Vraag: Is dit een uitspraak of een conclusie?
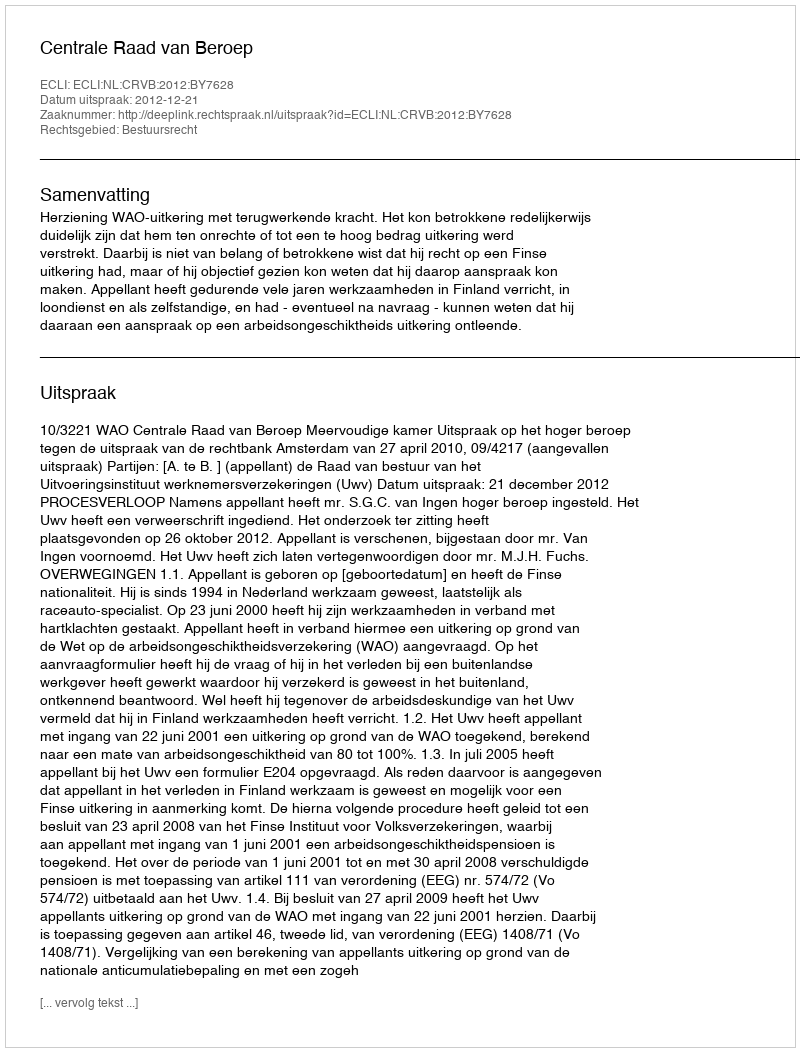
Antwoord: Uitspraak